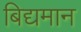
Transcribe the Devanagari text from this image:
बिद्यमान